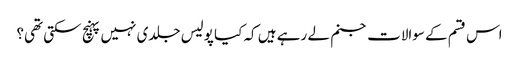
اس قسم کے سوالات جنم لے رہے ہیں کہ کیا پولیس جلدی نہیں پہنچ سکتی تھی؟